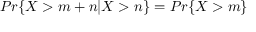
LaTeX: P r \{ X > m + n | X > n \} = P r \{ X > m \}